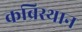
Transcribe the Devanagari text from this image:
कब्रिस्थान